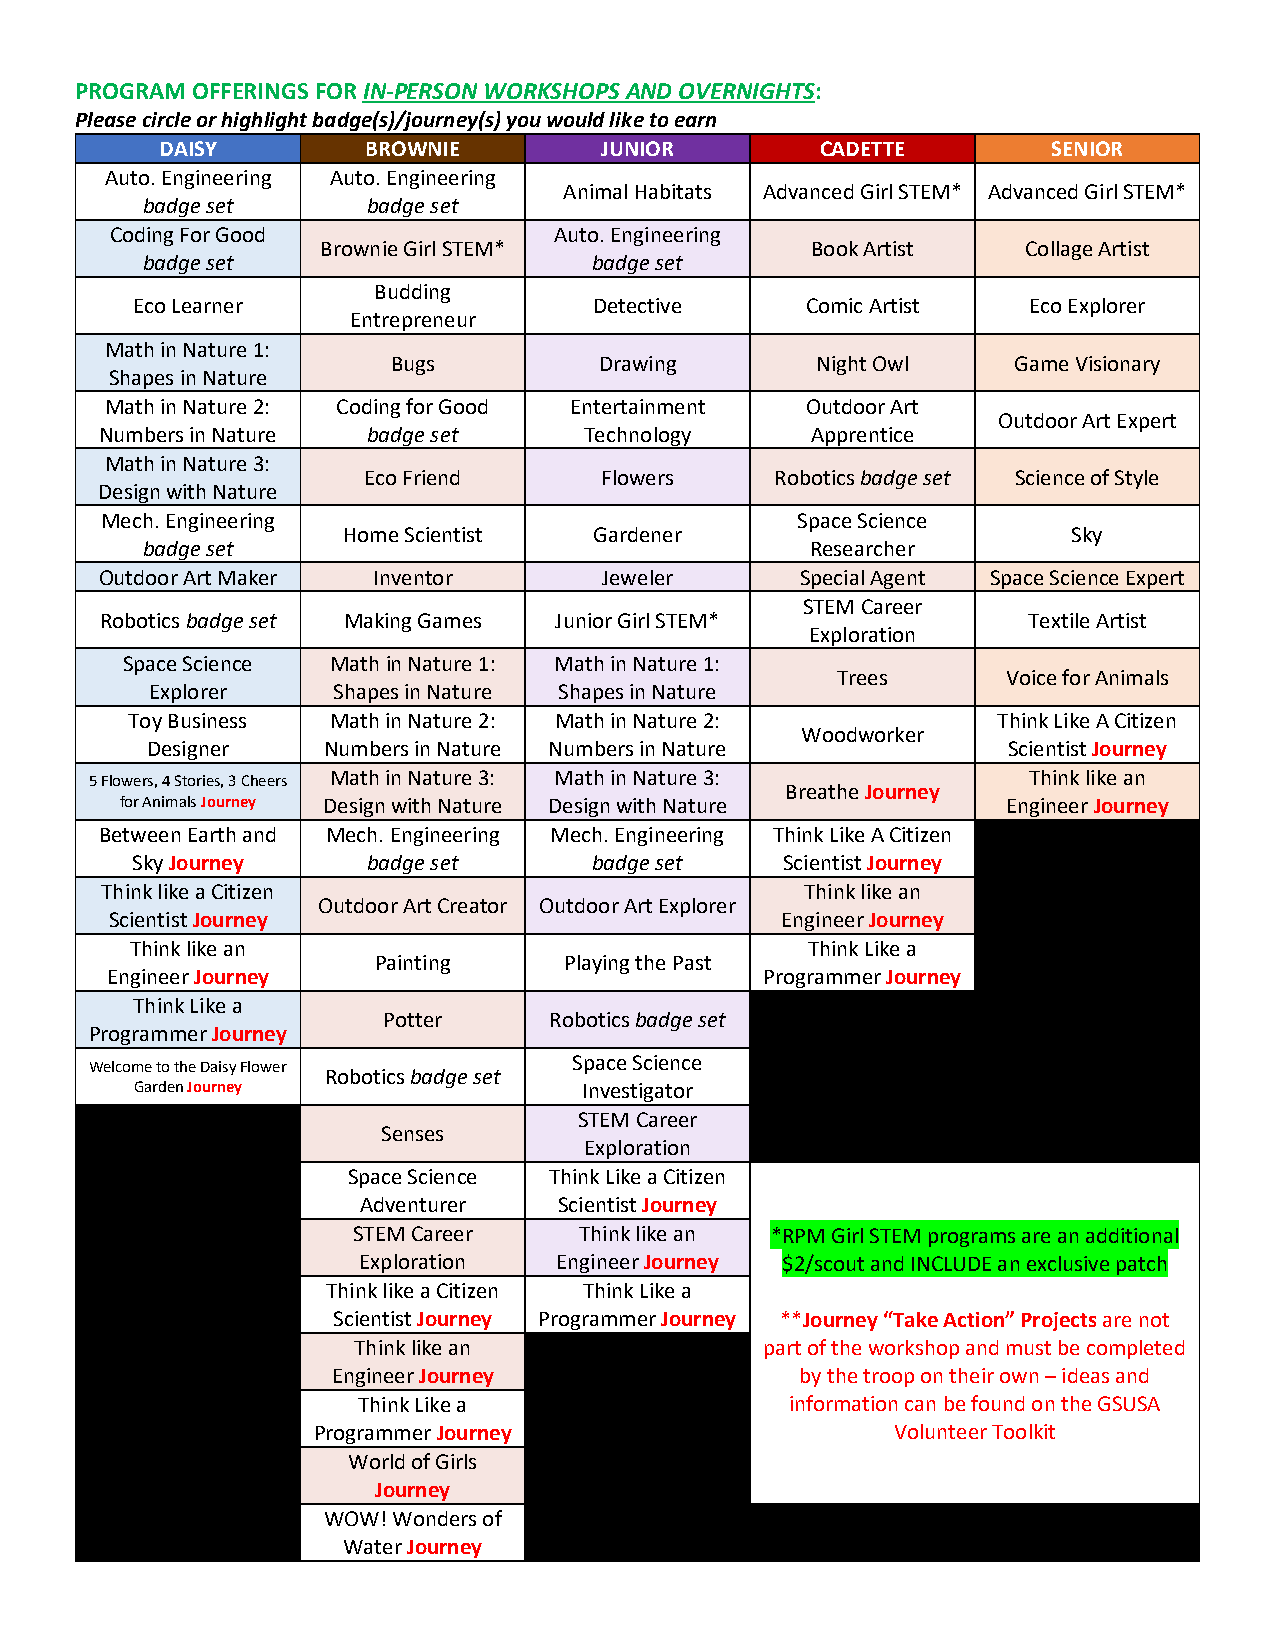
PROGRAM OFFERINGS FOR IN-PERSON WORKSHOPS AND OVERNIGHTS:
 Please circle or highlight badge(s)/journey(s) you would like to earn
 DAISY        BROWNIE         JUNIOR        CADETTE         SENIOR
 Auto. Engineering Auto. Engineering
 Animal Habitats Advanced Girl STEM* Advanced Girl STEM*
 badge set      badge set
 Coding For Good               Auto. Engineering
 Brownie Girl STEM*               Book Artist   Collage Artist
 badge set                     badge set
 Budding
 Eco Learner                   Detective     Comic Artist   Eco Explorer
 Entrepreneur
 Math in Nature 1:
 Bugs          Drawing       Night Owl    Game Visionary
 Shapes in Nature
 Math in Nature 2: Coding for Good Entertainment Outdoor Art
 Outdoor Art Expert
 Numbers in Nature badge set     Technology     Apprentice
 Math in Nature 3:
 Eco Friend      Flowers    Robotics badge set Science of Style
 Design with Nature
 Mech. Engineering                             Space Science
 Home Scientist  Gardener                        Sky
 badge set                                    Researcher
 Outdoor Art Maker Inventor       Jeweler      Special Agent Space Science Expert
 STEM Career
 Robotics badge set Making Games Junior Girl STEM*            Textile Artist
 Exploration
 Space Science Math in Nature 1: Math in Nature 1:
 Trees       Voice for Animals
 Explorer    Shapes in Nature Shapes in Nature
 Toy Business  Math in Nature 2: Math in Nature 2:         Think Like A Citizen
 Woodworker
 Designer   Numbers in Nature Numbers in Nature           Scientist Journey
 5 Flowers, 4 Stories, 3 Cheers Math in Nature 3: Math in Nature 3: Think like an
 Breathe Journey
 for Animals Journey Design with Nature Design with Nature  Engineer Journey
 Between Earth and Mech. Engineering Mech. Engineering Think Like A Citizen
 Sky Journey    badge set      badge set    Scientist Journey
 Think like a Citizen                          Think like an
 Outdoor Art Creator Outdoor Art Explorer
 Scientist Journey                            Engineer Journey
 Think like an                               Think Like a
 Painting    Playing the Past
 Engineer Journey                            Programmer Journey
 Think Like a
 Potter     Robotics badge set
 Programmer Journey
 Welcome to the Daisy Flower     Space Science
 Robotics badge set
 Garden Journey                Investigator
 STEM Career
 Senses
 Exploration
 Space Science Think Like a Citizen
 Adventurer   Scientist Journey
 STEM Career    Think like an *RPM Girl STEM programs are an additional
 Exploration  Engineer Journey $2/scout and INCLUDE an exclusive patch
 Think like a Citizen Think Like a
 Scientist Journey Programmer Journey **Journey “Take Action” Projects are not
 Think like an               part of the workshop and must be completed
 Engineer Journey               by the troop on their own – ideas and
 Think Like a                information can be found on the GSUSA
 Programmer Journey                    Volunteer Toolkit
 World of Girls
 Journey
 WOW! Wonders of
 Water Journey